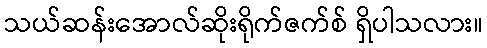
သယ်ဆန်းအောလ်ဆိုးရိုက်ဇက်စ် ရှိပါသလား။